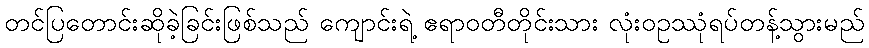
တင်ပြတောင်းဆိုခဲ့ခြင်းဖြစ်သည် ကျောင်းရဲ့ ဧရာဝတီတိုင်းသား လုံးဝဥဿုံရပ်တန့်သွားမည်